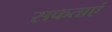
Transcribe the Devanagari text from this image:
सफताएं